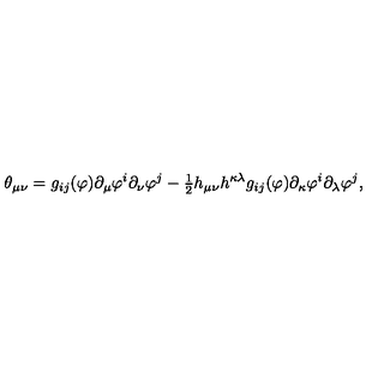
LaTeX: \theta _ { \mu \nu } = g _ { i j } ( \varphi ) \partial _ { \mu } \varphi ^ { i } \partial _ { \nu } \varphi ^ { j } - { \textstyle { \frac { 1 } { 2 } } } h _ { \mu \nu } h ^ { \kappa \lambda } g _ { i j } ( \varphi ) \partial _ { \kappa } \varphi ^ { i } \partial _ { \lambda } \varphi ^ { j } ,